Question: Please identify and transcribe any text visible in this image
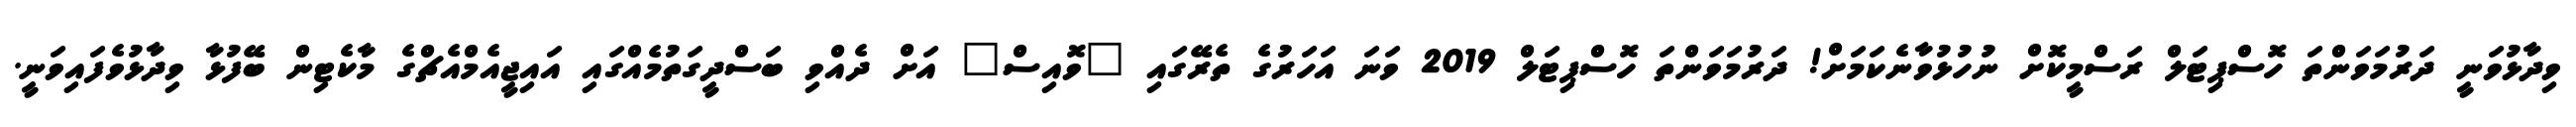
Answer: ވިދާޅުވަނީ ދަރުމަވަންތަ ހޮސްޕިޓަލް ރަސްމީކޮށް ނުހުޅުވާނެކަމަށް! ދަރުމަވަންތަ ހޮސްޕިޓަލް 2019 ވަނަ އަހަރުގެ ތެރޭގައި "ވޮއިސް" އަށް ދެއްވި ބަސްދީގަތުމެއްގައި އައިޖީއެމްއެޗްގެ މާކެޓިން ބޭފުޅާ ވިދާޅުވެފައިވަނީ.